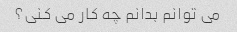
می توانم بدانم چه کار می کنی؟